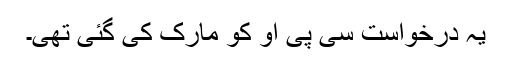
یہ درخواست سی پی او کو مارک کی گئی تھی۔